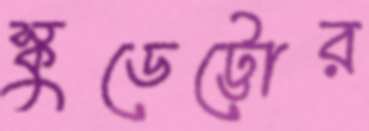
স্কুডেট্টোর